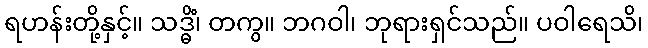
ရဟန်းတို့နှင့်။ သဒ္ဓိံ၊ တကွ။ ဘဂဝါ၊ ဘုရားရှင်သည်။ ပဝါရေသိ၊